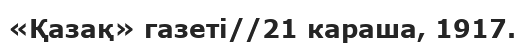
«Қазақ» газеті//21 караша, 1917.